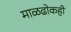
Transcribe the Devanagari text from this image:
माळढोकही